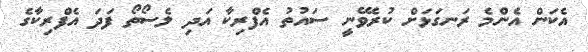
އެކަން އެންމެ ރަނގަޅަށް ކުރެވޭނީ ސައުތު އެފްރިކާ އަދި ލެސޯތޯ ފަދަ އެފްރިކާގެ